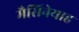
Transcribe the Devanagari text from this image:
मैसिनेयाह